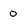
Character: 0